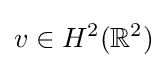
v\in H^{2}(\mathbb {R} ^{2})